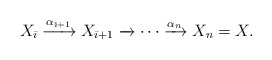
\begin{align*}X_{{\bar\imath}}\xrightarrow{\alpha_{{\bar\imath}+1}}X_{{\bar\imath}+1}\xrightarrow{}\cdots \xrightarrow{\alpha_n} X_n=X.\end{align*}